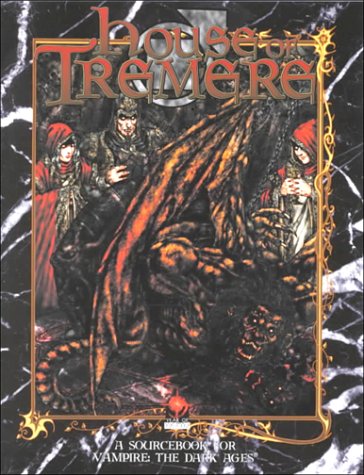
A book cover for House of Tremere (Vampire: The Dark Ages); Robin Laws; Science Fiction & Fantasy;